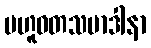
ဗဟူဝတသမာဒါနာ